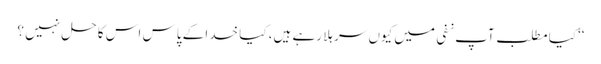
‘‘کیا مطلب آپ نفی میں کیوں سر ہلا رہے ہیں، کیا خدا کے پاس اس کا حل نہیں ؟